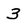
Character: 3